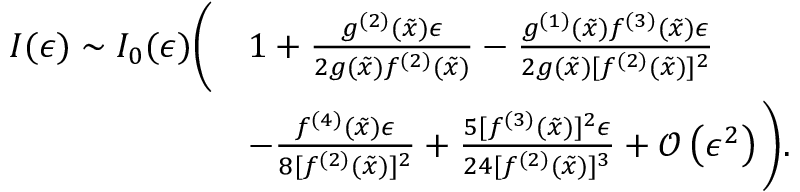
\begin{array} { r l } { I ( \epsilon ) \sim I _ { 0 } ( \epsilon ) \Bigg ( } & { 1 + \frac { g ^ { ( 2 ) } ( \tilde { x } ) \epsilon } { 2 g ( \tilde { x } ) f ^ { ( 2 ) } ( \tilde { x } ) } - \frac { g ^ { ( 1 ) } ( \tilde { x } ) f ^ { ( 3 ) } ( \tilde { x } ) \epsilon } { 2 g ( \tilde { x } ) [ f ^ { ( 2 ) } ( \tilde { x } ) ] ^ { 2 } } } \\ & { - \frac { f ^ { ( 4 ) } ( \tilde { x } ) \epsilon } { 8 [ f ^ { ( 2 ) } ( \tilde { x } ) ] ^ { 2 } } + \frac { 5 [ f ^ { ( 3 ) } ( \tilde { x } ) ] ^ { 2 } \epsilon } { 2 4 [ f ^ { ( 2 ) } ( \tilde { x } ) ] ^ { 3 } } + \mathcal { O } \left( \epsilon ^ { 2 } \right) \Bigg ) . } \end{array}